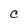
Character: C